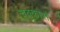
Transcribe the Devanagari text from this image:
चक्कारों